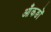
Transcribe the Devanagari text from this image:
आँकङों